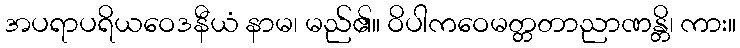
အပရာပရိယဝေဒနီယံ နာမ၊ မည်၏။ ဝိပါကဝေမတ္တတာညာဏန္တိ၊ ကား။